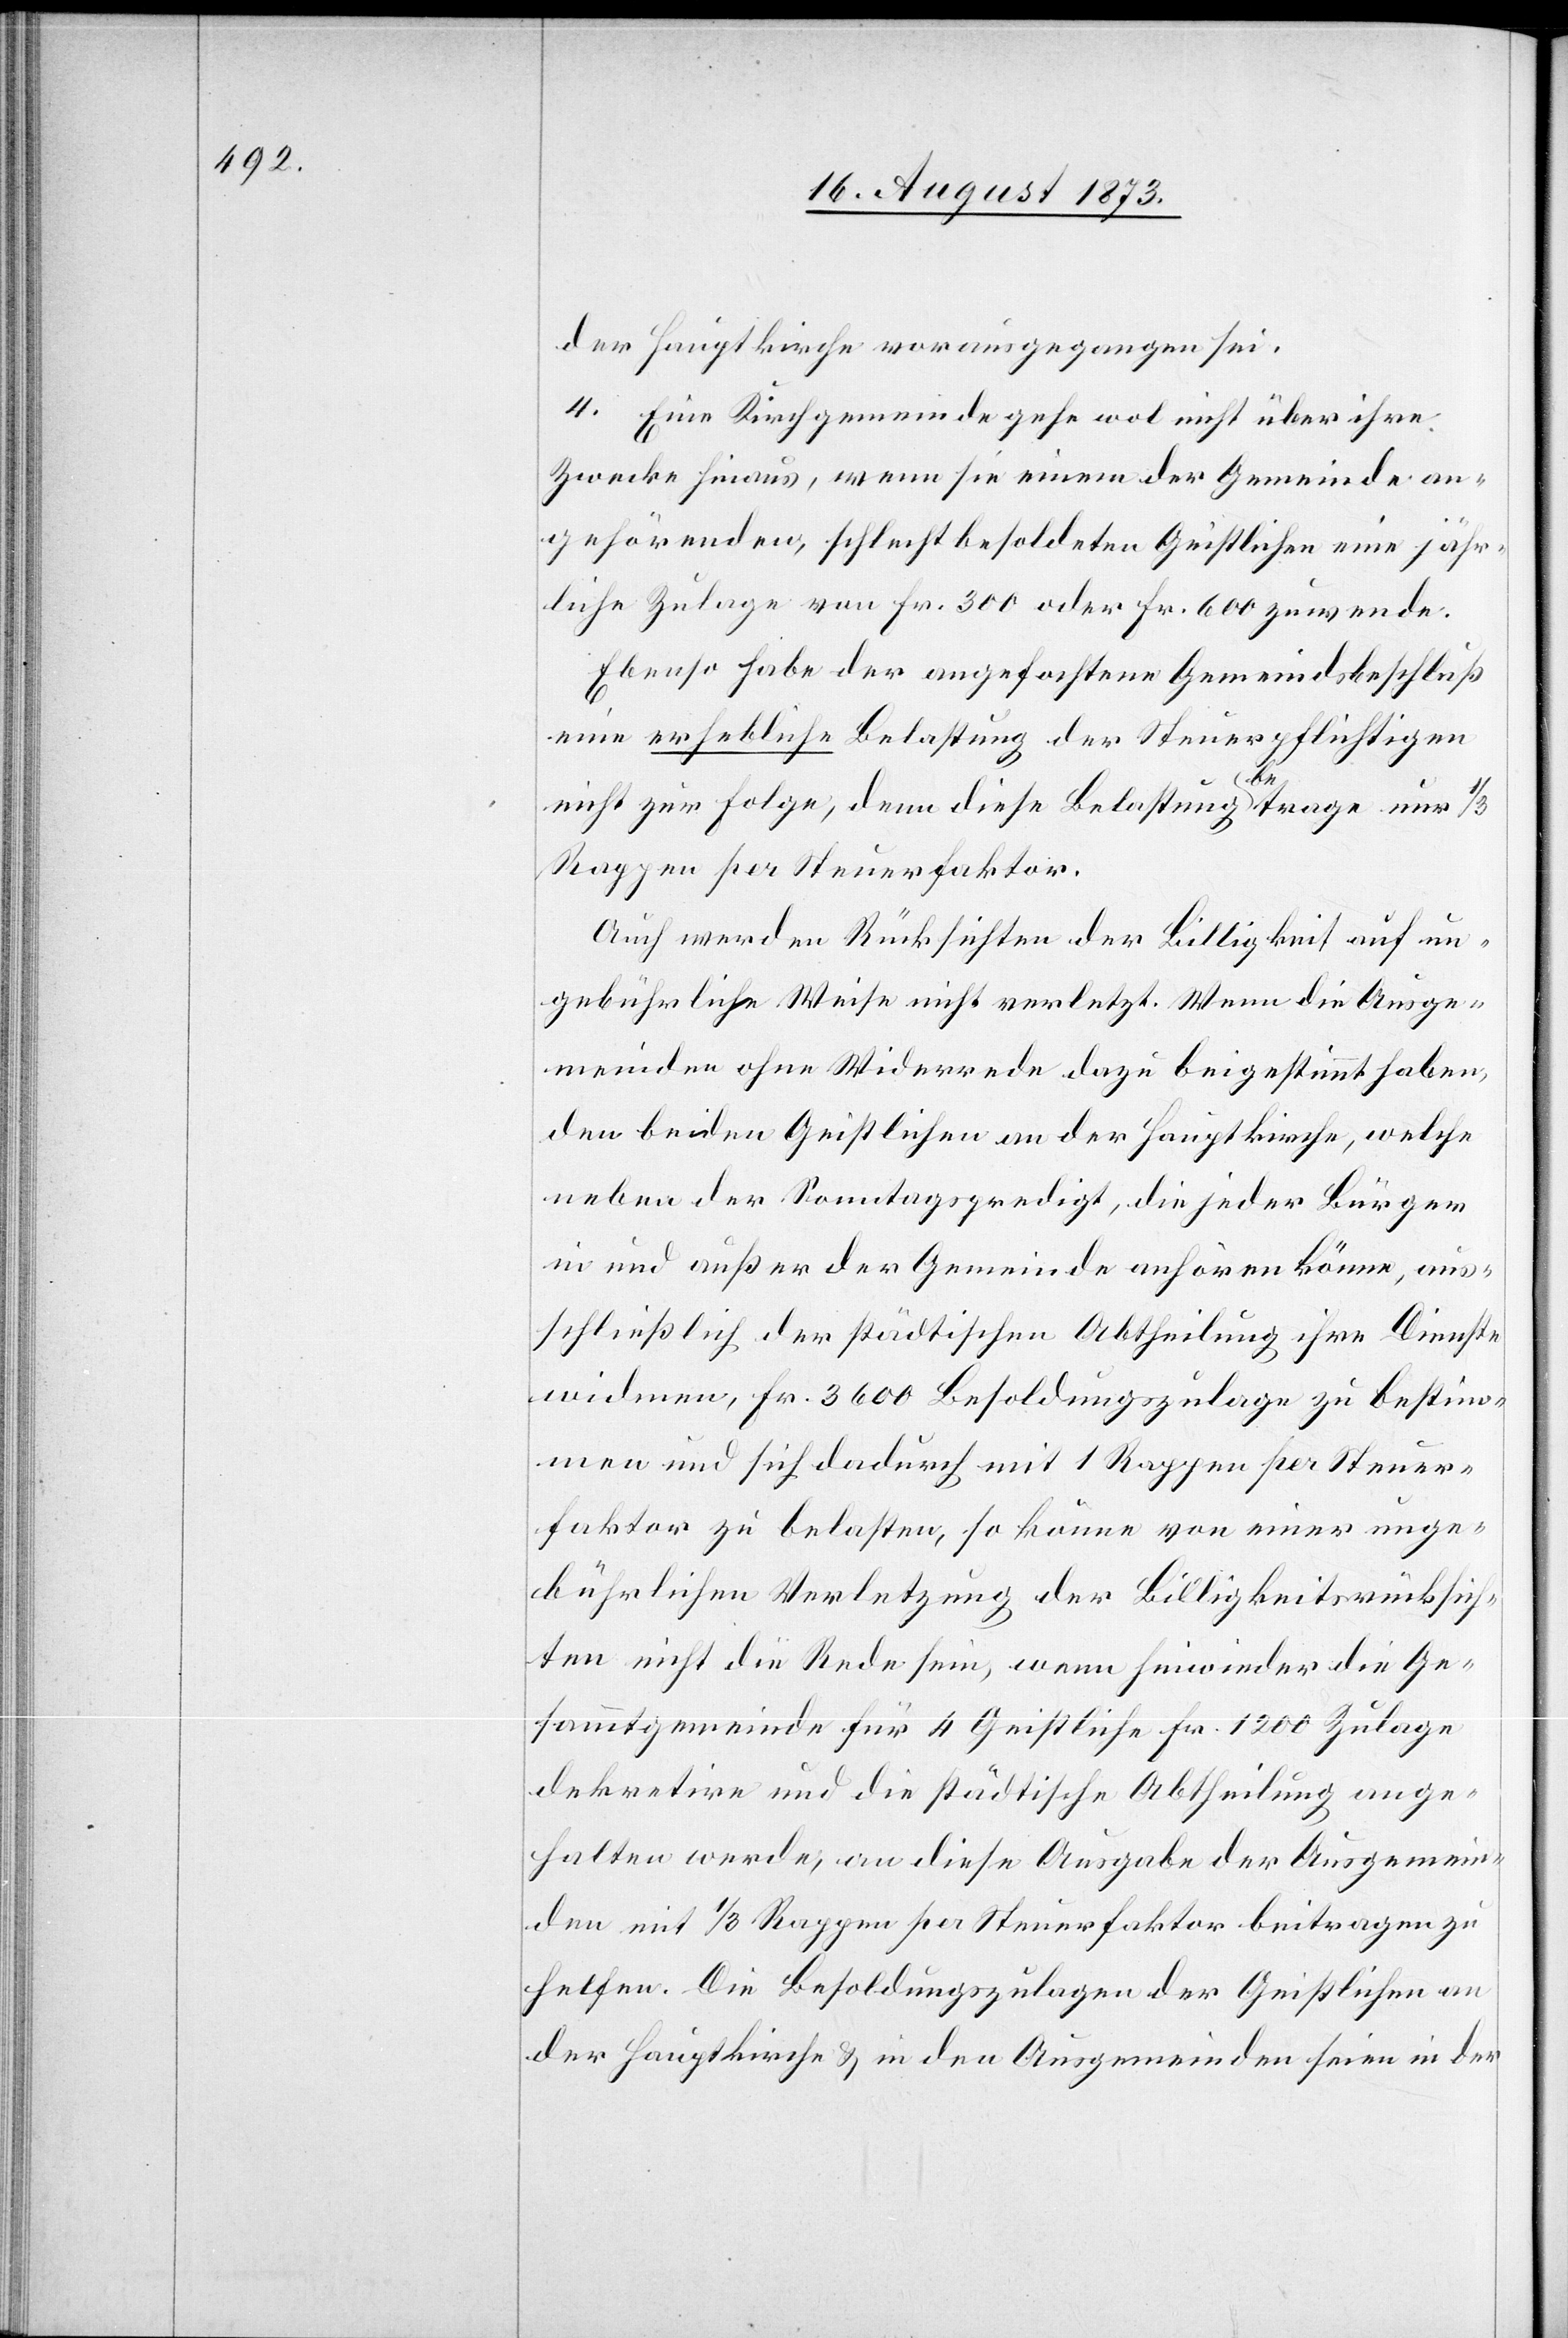
der Hauptkirche vorausgegangen sei.
4. Eine Kirchgemeinde gehe wol nicht über ihre
Zwecke hinaus, wenn sie einem der Gemeinde an¬
gehörenden, schlecht besoldeten Geistlichen eine jähr¬
liche Zulage von Fr. 300 oder Fr. 600 zuwende.
Ebenso habe der angefochtene Gemeindsbeschluß
eine erhebliche Belastung der Steuerpflichtigen
nicht zur Folge, denn diese Belastung betrage nur 1/3
Rappen per Steuerfaktor.
Auch werden Rücksichten der Billigkeit auf un¬
gebührliche Weise nicht verletzt. Wenn die Ausge¬
meinden ohne Widerrede dazu beigestimmt haben,
den beiden Geistlichen an der Hauptkirche, welche
neben der Sonntagspredigt, die jeder Bürger
in und außer der Gemeinde anhören könne, aus¬
schließlich der städtischen Abtheilung ihre Dienste
widmen, Fr. 3 600 Besoldungszulage zu bestim¬
men und sich dadurch mit 1 Rappen per Steuer¬
faktor zu belasten, so könne von einer unge¬
bührlichen Verletzung der Billigkeitsrücksich¬
ten nicht die Rede sein, wenn hinwieder die Ge¬
sammtgemeinde für 4 Geistliche Fr. 1 200 Zulage
dekretire und die städtische Abtheilung ange¬
halten werde, an diese Ausgabe der Ausgemein¬
den mit 1/3 Rappen per Steuerfaktor beitragen zu
helfen. Die Besoldungszulagen der Geistlichen an
der Hauptkirche & in den Ausgemeinden seien in der